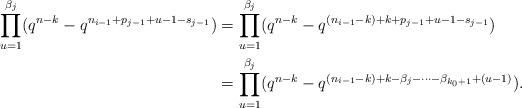
LaTeX: \begin{align*} \prod_{u=1}^{\beta_j} (q^{n-k} - q^{n_{i-1} + p_{j-1} +u -1 - s_{j-1} }) &= \prod_{u=1}^{\beta_j} (q^{n-k} - q^{(n_{i-1}-k) + k+ p_{j-1} +u -1 - s_{j-1} })\\ &= \prod_{u=1}^{\beta_j} (q^{n-k} - q^{(n_{i-1} -k) + k - \beta_j - \cdots - \beta_{k_0+1} + (u-1)}). \end{align*}